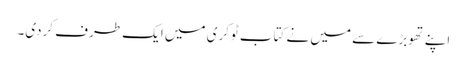
اپنے تھوبڑے سے میں نے کتاب ٹوکری میں ایک طرف کردی۔